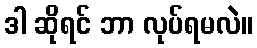
ဒါ ဆိုရင် ဘာ လုပ်ရမလဲ။